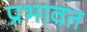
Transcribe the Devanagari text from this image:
प्रभावत